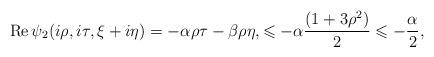
LaTeX: \begin{align*}\operatorname{Re}\psi_2(i\rho,i\tau,\xi+i\eta)=-\alpha\rho\tau-\beta\rho\eta,\leqslant -\alpha\frac{(1+3\rho^2)}{2}\leqslant-\frac{\alpha}{2},\end{align*}